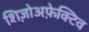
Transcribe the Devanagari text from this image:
शिज़ोअफ़ेक्टिव